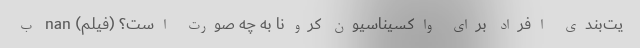
یت‌بندی افراد برای واکسیناسیون کرونا به چه صورت است؟ (فیلم) nan ب